Lunatic asylums Central Provinces reports 1910-1926 - 1910-1926
Year: 1910
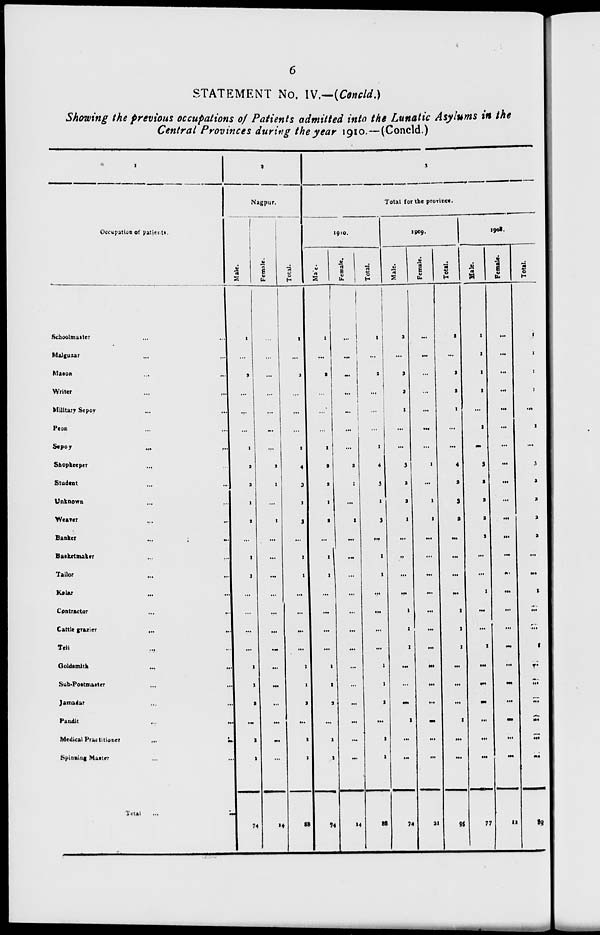
6
STATEMENT No. IV.—(Concld.)
Showing the previous occupations of Patients admitted into the Lunatic Asylums in the
Central Provinces during the year 1910.—(Concld.)
1
Occupation of patients.
Schoolmaster ... ...
Malguzar ... ...
Mason ... ...
Writer ... ...
Military Sepoy ... ...
Peon ... ...
sepoy ... ...
Shopkeeper ... ...
Student ... ...
Unknown ... ...
Weaver ... ...
Banker ... ...
Basketmaker ... ...
Tailor ... ...
Kalar ... ...
Contractor ... ...
Cattle grazier ... ...
Teli
...
...
Goldsmith ... ...
Sub-Postmaster ... ...
Jamadar ... ...
Pandit ... ...
Medical Practitioner
...
...
Spinning Master ... ...
Total ... ...
2
Nagpur.
Male.
1
...
2
...
...
...
1
2
2
1
2
...
1
1
...
...
...
...
1
1
2
...
1
1
74
Female.
...
...
...
...
...
...
...
2
1
...
1
...
...
...
...
...
...
...
...
...
...
...
...
...
14
Total.
1
...
2
...
...
...
1
4
3
1
3
...
1
1
...
...
...
...
1
1
2
...
1
1
88
3
Total for the province.
1910.
Male.
1
...
2
...
...
...
1
2
2
1
2
...
1
1
...
...
...
...
1
1
2
...
1
1
74
Female.
...
...
...
...
...
...
...
2
1
...
1
...
...
...
...
...
...
...
...
...
...
...
...
...
14
Total.
1
...
2
...
...
...
1
4
3
1
3
...
1
1
...
...
...
...
1
1
2
...
1
1
88
1909.
Male.
2
...
2
2
1
...
...
3
2
2
1
...
...
...
...
1
1
1
...
...
...
1
...
...
74
Female.
...
...
...
...
...
...
...
1
...
1
1
...
...
...
...
...
...
...
...
...
...
...
...
...
21
Total.
2
...
2
2
1
...
...
4
2
3
2
...
...
...
...
1
1
1
...
...
...
1
...
...
95
1908.
Male.
1
1
1
1
...
1
...
3
2
2
2
2
...
...
1
...
...
1
...
...
...
...
...
...
77
Female.
...
...
...
...
...
...
...
...
...
...
...
...
...
...
...
...
... ...
...
...
...
...
...
...
12
Total.
1
1
1
1
...
1
...
3
2
2
2
2
...
...
1
...
...
1
...
...
...
...
...
...
89